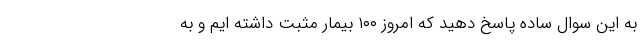
به این سوال ساده پاسخ دهید که امروز ۱۰۰ بیمار مثبت داشته ایم و به